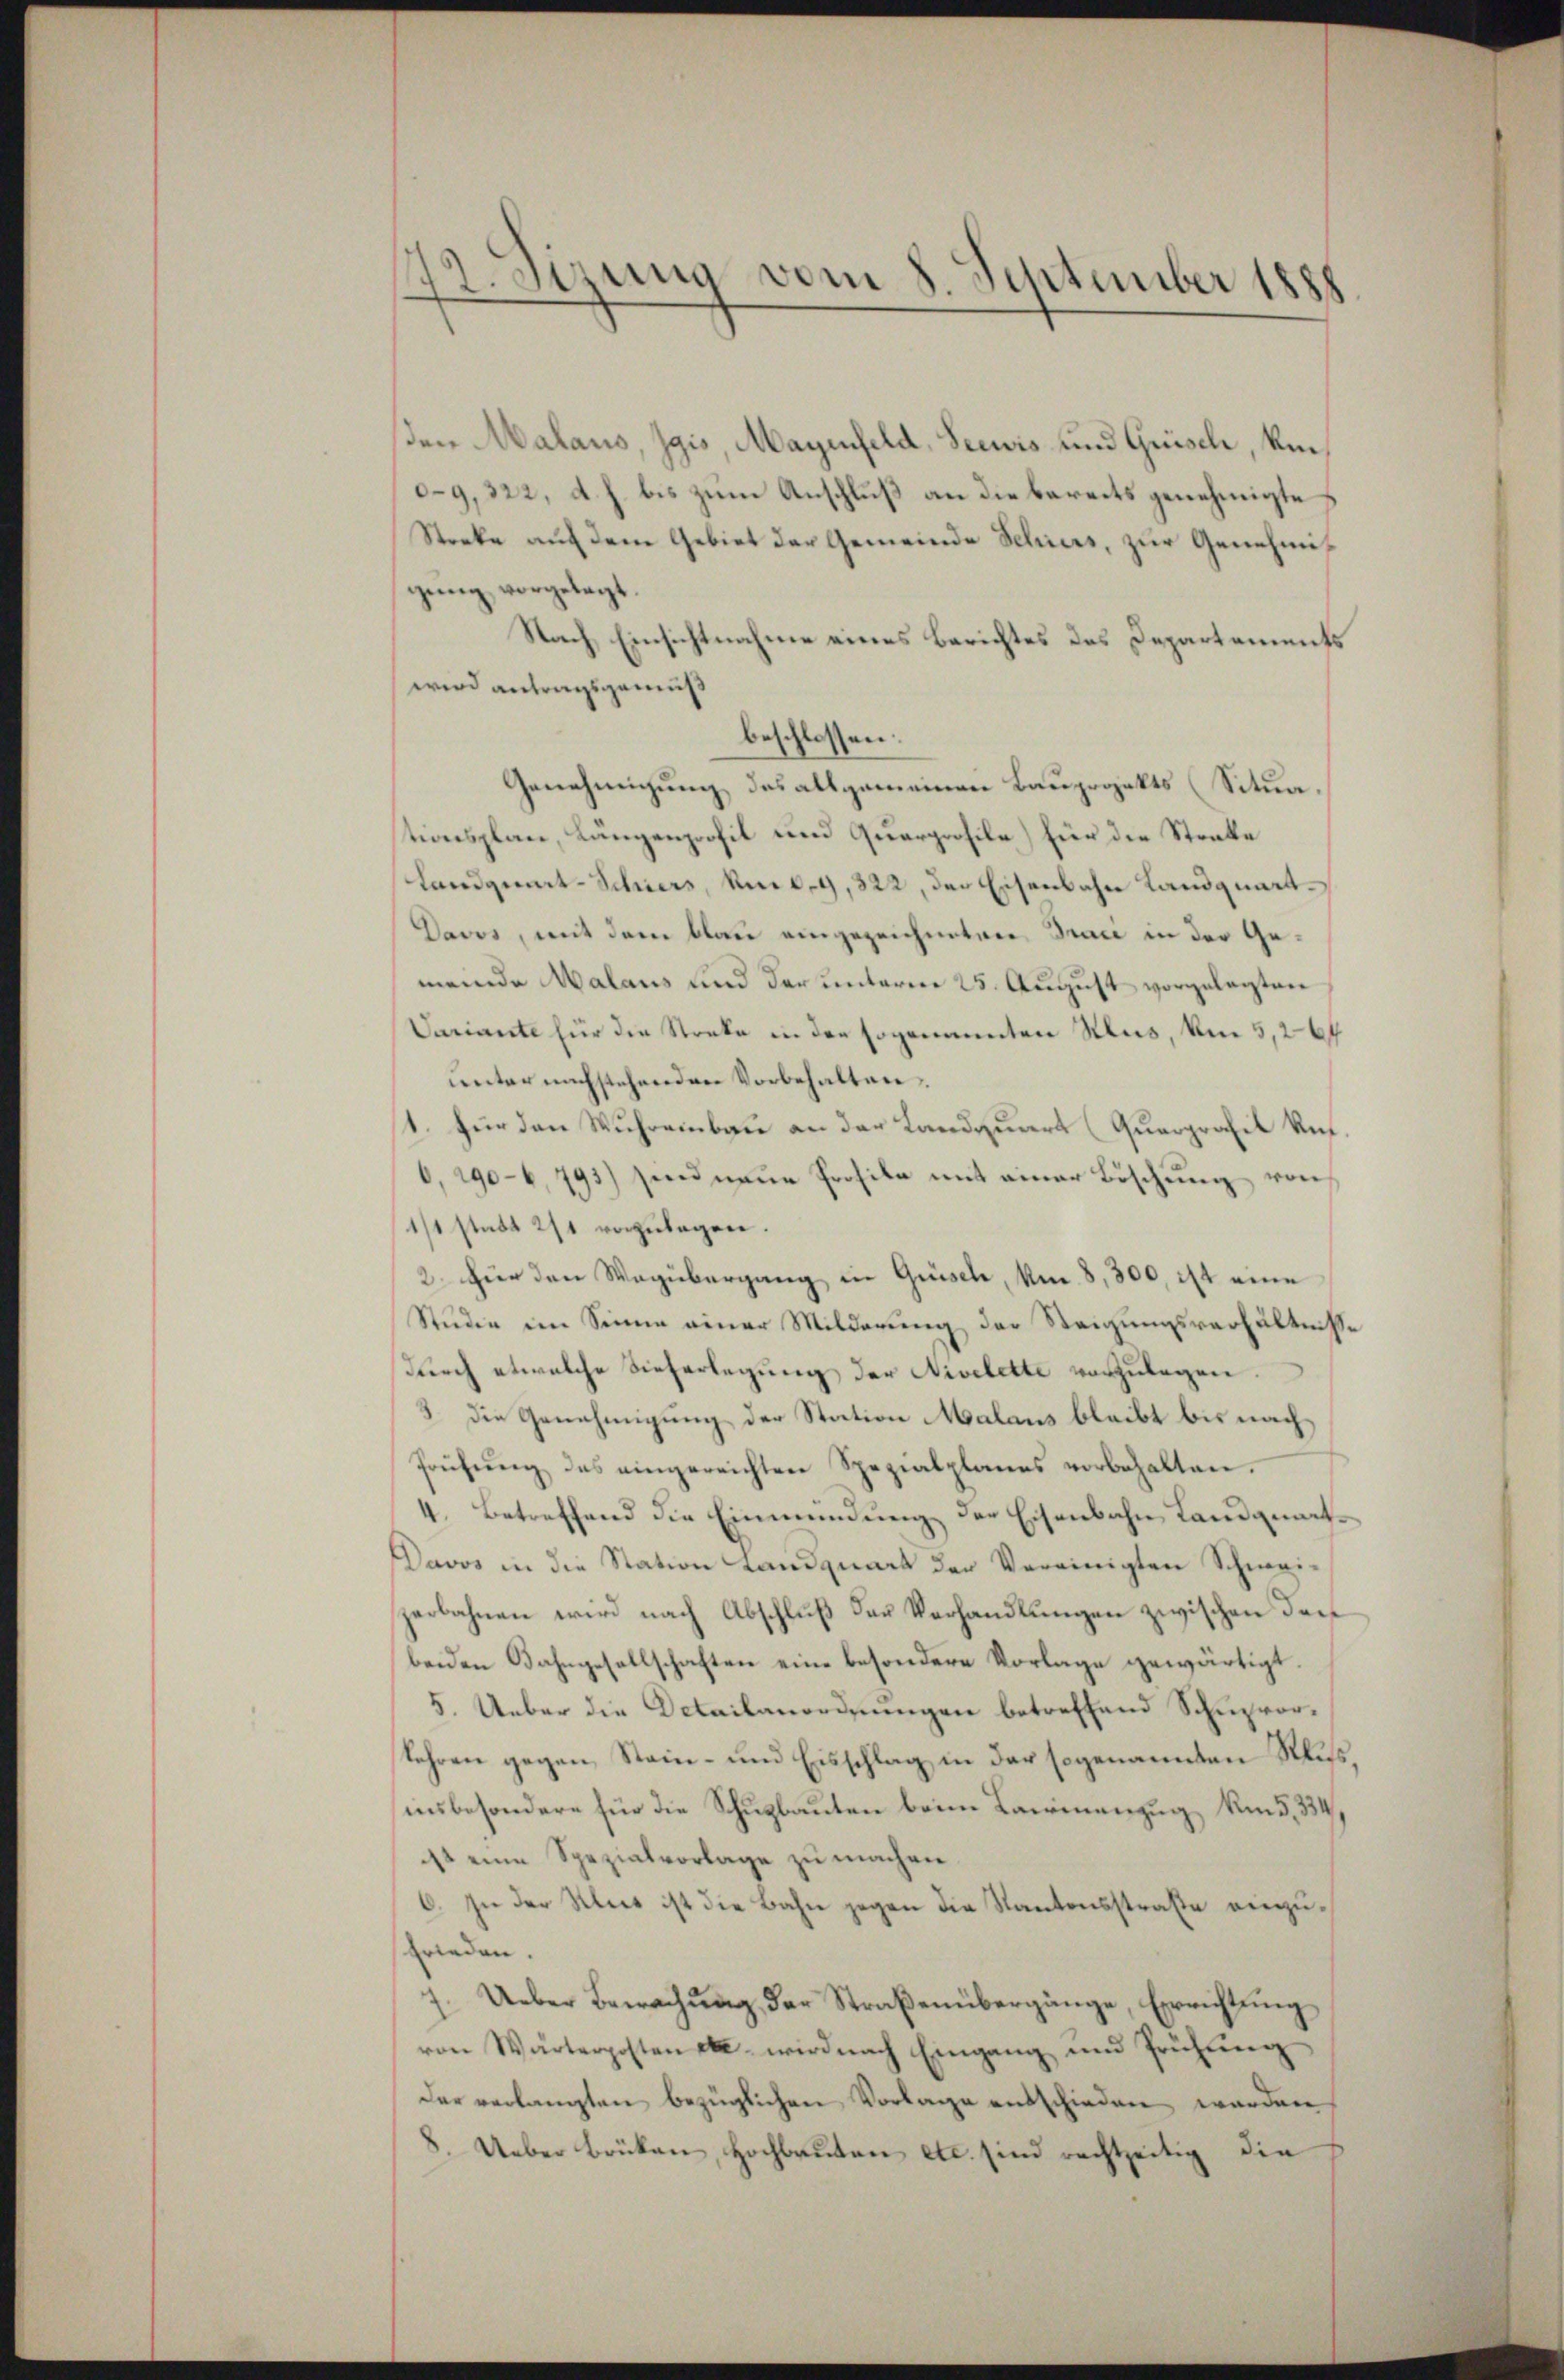
72. Sizung vom 8. September 1888

den Malaus, Zgis, Mayenfeld, Seewis und Grisch, Um¬
09,322, d. h. bis zum Anschluß an die bereits genehmigte
Stocke auf dem Gebiet der Gemeinde Schiers, zur Genehmigung vorgelegt.
Nach Einsichtnahme eines Berichtes des Departements
wird antragsgemäß
Genehmigung des allgemeinen Bauprojekts (Situa.
tionsplan, Längenprofil und Quarprofile) für die Strafe
Landgeart-Schners, um d. 9, 322, der Eisenbahn Landquart¬
Davos, mit dem blau eingezeichneten Traci in der Gemeinde Malaus und der unterner 25. August vorgelegten
Variante für die Streke in der sogenannten Hus, um 5,264
unter nachstehenden Vorbehalten.
1. für den Wuhreinbau an der Landquart (Querprofil Ref.
6, 1906, 793) sind neue Profile mit einer Böschung von
1/1 statt 271 vorzulegen.
2. für den Wagübergang in Grisch, Am 8,300, ist eine
Studie im Sinne einer Milderung der Steigungsverhältnisse
durch etwelche dieferlegung der Nivelette vorzulegen.
3. Die Genehmigung der Station Malaus bleibt bis nachfrühŭng des eingereichten Spezialplanes vorbehalten.
4. Betreffend die Einmündung der Eisenbahn Landguts
Davos in die Station Landquart der Vereinigten Schmeizerbahnen wird nach Abschluß der Verhandlungen zwischen diebeiden Bahngesellschaften eine besondere Vorlage gewärtigt.
5. Ueber die Detailanordnungen betreffend Schuzvorlehren gegen Stein- und Eisschlag in der sogenannten Russ,
insbesondere für die Schuzbauten beim Lawinenzug, um 5,334,
ist eine Spezialvorlage zu machen.
6. In der Klees ist die Bahn gegen die Kantonsstraße einzufrieden.
7. Ueber Bewachung der Straßenübergänge, Errichtung
von Wärterposten es wird nach Eingang und Prüfung
der verlangten bezüglichen Vorlage entschieden werden
8. Ueber Brüken, Hochbauten etc. sind rechtzeitig die

beschlossen: